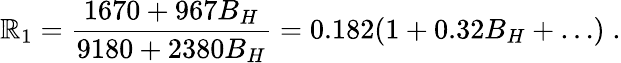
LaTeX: \mathbb{R}_{1}={\frac{{1670+967B_{H}}}{{9180+2380B_{H}}}}=0.182(1+0.32B_{H}+\dots)\; .